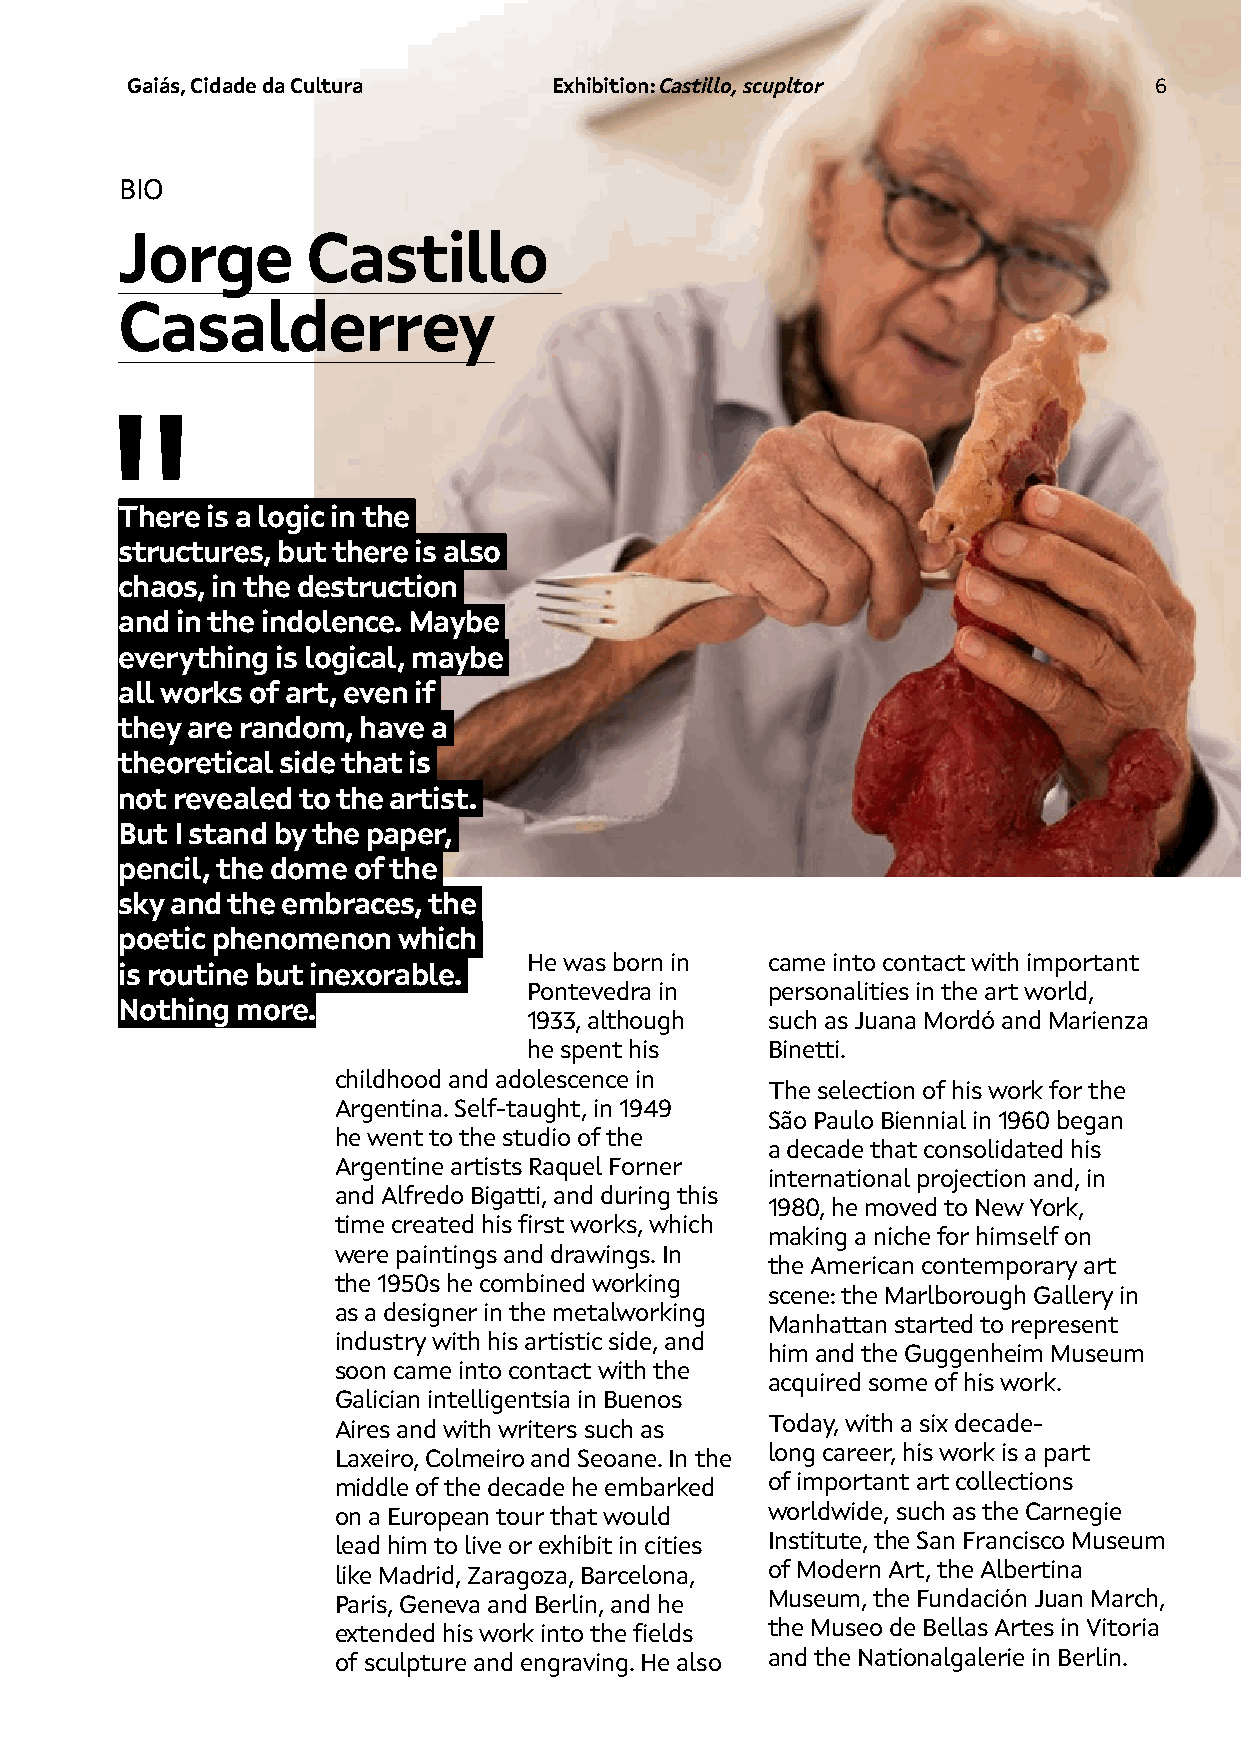
Gaiás, Cidade da Cultura     Exhibition: Castillo, scupltor         6
 BIO
 Jorge       Castillo
 Casalderrey
 There is a logic in the
 structures, but there is also
 chaos, in the destruction
 and in the indolence. Maybe
 everything is logical, maybe
 all works of art, even if
 they are random, have a
 theoretical side that is
 not revealed to the artist.
 But I stand by the paper,
 pencil, the dome of the
 sky and the embraces, the
 poetic phenomenon which
 He was born in  came into contact with important
 is routine but inexorable.
 Pontevedra in   personalities in the art world,
 Nothing more.
 1933, although  such as Juana Mordó and Marienza
 he spent his    Binetti.
 childhood and adolescence in
 The selection of his work for the
 Argentina. Self-taught, in 1949
 São Paulo Biennial in 1960 began
 he went to the studio of the
 a decade that consolidated his
 Argentine artists Raquel Forner
 international projection and, in
 and Alfredo Bigatti, and during this
 1980, he moved to New York,
 time created his first works, which
 making a niche for himself on
 were paintings and drawings. In
 the American contemporary art
 the 1950s he combined working
 scene: the Marlborough Gallery in
 as a designer in the metalworking
 Manhattan started to represent
 industry with his artistic side, and
 him and the Guggenheim Museum
 soon came into contact with the
 acquired some of his work.
 Galician intelligentsia in Buenos
 Aires and with writers such as Today, with a six decade-
 Laxeiro, Colmeiro and Seoane. In the long career, his work is a part
 middle of the decade he embarked of important art collections
 on a European tour that would worldwide, such as the Carnegie
 lead him to live or exhibit in cities Institute, the San Francisco Museum
 like Madrid, Zaragoza, Barcelona, of Modern Art, the Albertina
 Paris, Geneva and Berlin, and he Museum, the Fundación Juan March,
 extended his work into the fields the Museo de Bellas Artes in Vitoria
 of sculpture and engraving. He also and the Nationalgalerie in Berlin.